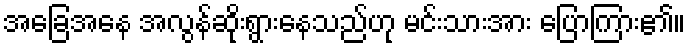
အခြေအနေ အလွန်ဆိုးရွားနေသည်ဟု မင်းသားအား ပြောကြား၏။